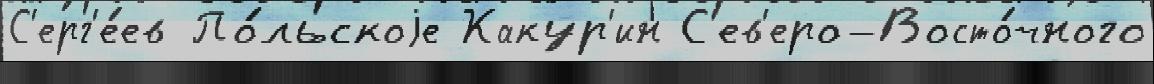
С'ерг'е́ев По́льскоjе Какур'ин С'ев'еро-Восто́чного